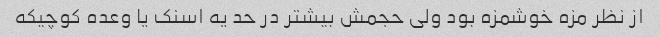
از نظر مزه خوشمزه بود ولی حجمش بیشتر در حد یه اسنک یا وعده کوچیکه